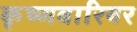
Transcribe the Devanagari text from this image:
कृष्णवारियर